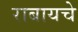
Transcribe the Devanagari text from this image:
राबायचे